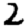
Digit: 2